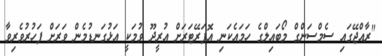
"ރާއްޖޭގައި ސެމްސަންގް މޯބައިލްގެ ހަމައެކަނި އޮޕަރޭޓަރަށް އުރީދޫ ވުމަކީ އަޅުގަނޑުމެން ވަރަށް ފަހުރުވެރިވާ